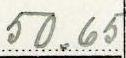
50.65